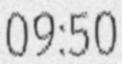
09:50